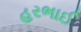
હરભાઈ